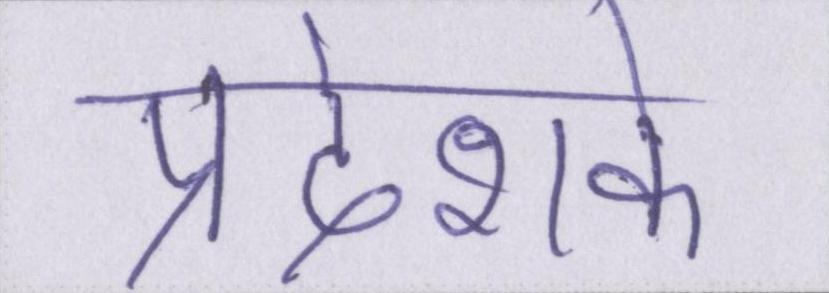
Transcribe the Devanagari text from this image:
प्रदेशके